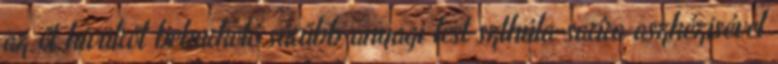
az őt kívülről beburkoló sűrűbb anyagi test szthúla-saríra aszkézisével